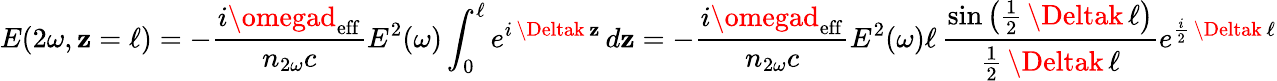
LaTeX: E(2\omega,\mathbf{z}=\ell)=-{\frac{{i\omegad_{\mathrm{{eff}}}}}{{n_{2\omega}c}}}E^{2}(\omega)\int_{0}^{\ell}e^{i\, \Deltak\, \mathbf{z}}\, d\mathbf{z}=-{\frac{{i\omegad_{\mathrm{{eff}}}}}{{n_{2\omega}c}}}E^{2}(\omega)\ell\, {\frac{{\sin\left({\frac{{1}}{{2}}}\, \Deltak\, \ell\right)}}{{{\frac{{1}}{{2}}}\, \Deltak\, \ell}}}e^{{\frac{{i}}{{2}}}\, \Deltak\, \ell}